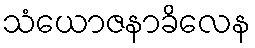
သံယောဇနာခိလေန